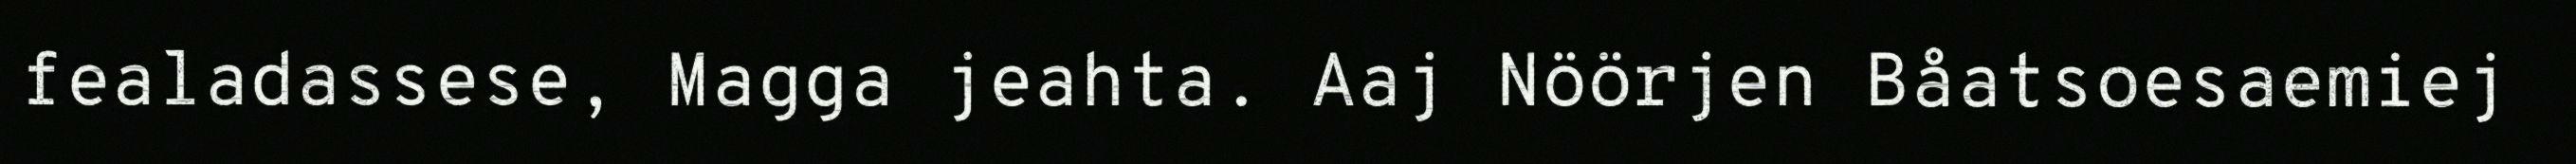
fealadassese, Magga jeahta. Aaj Nöörjen Båatsoesaemiej